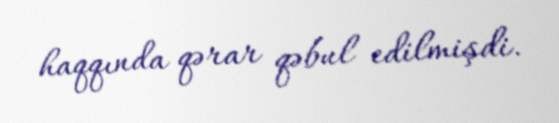
haqqında qərar qəbul edilmişdi.